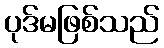
ပုဒ်မဖြစ်သည်